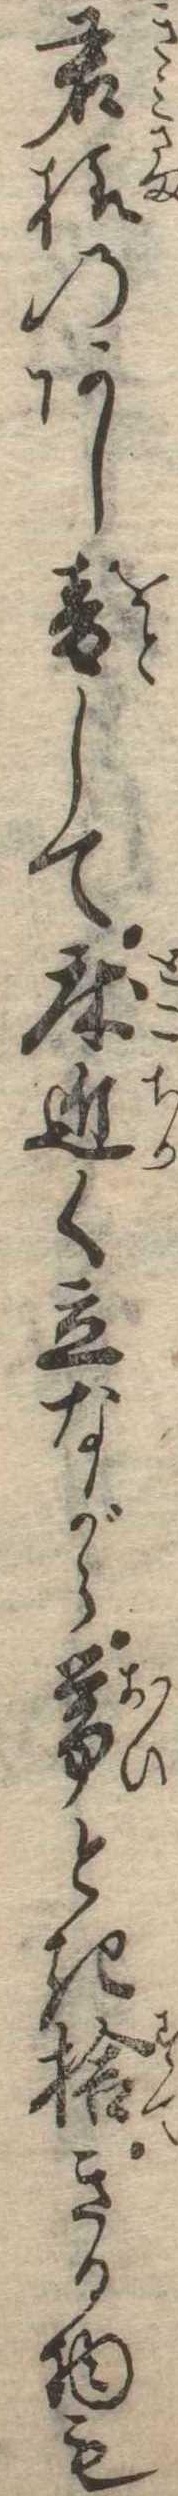
君様のあし音して床近く立ながら帯とき捨きる物も